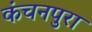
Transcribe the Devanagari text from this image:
कंचनपुरा